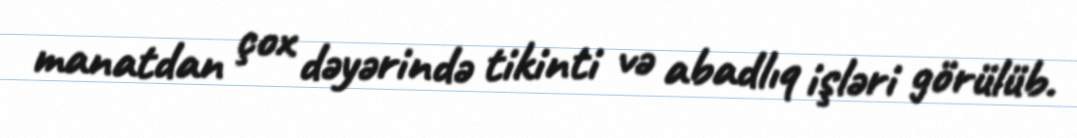
manatdan çox dəyərində tikinti və abadlıq işləri görülüb.